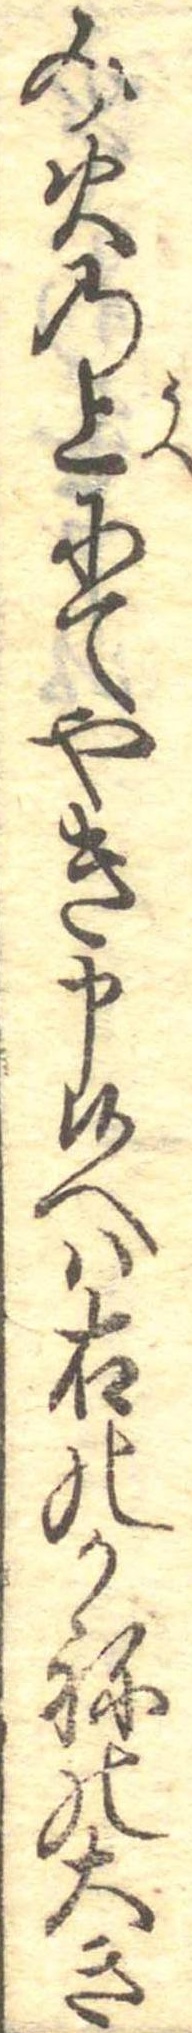
み火の上にてやき申候へは右のかねの大き